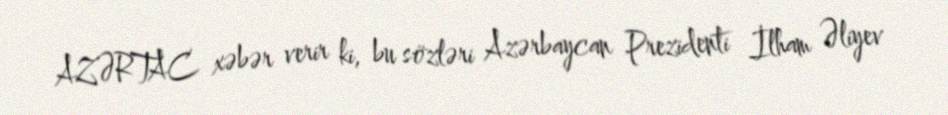
AZƏRTAC xəbər verir ki, bu sözləri Azərbaycan Prezidenti İlham Əliyev